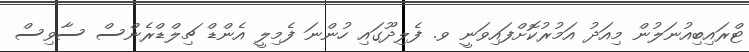
ޓްރައިބިއުނަލުން މިއަދު އަމުރުކޮށްފައިވަނީ ވ. ފެލިދޫގައި ހުންނަ ފެމިލީ އެންޑް ޗިލްޑްރެންސް ސާވިސް